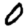
Digit: 0